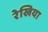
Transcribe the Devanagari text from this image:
रेखिया